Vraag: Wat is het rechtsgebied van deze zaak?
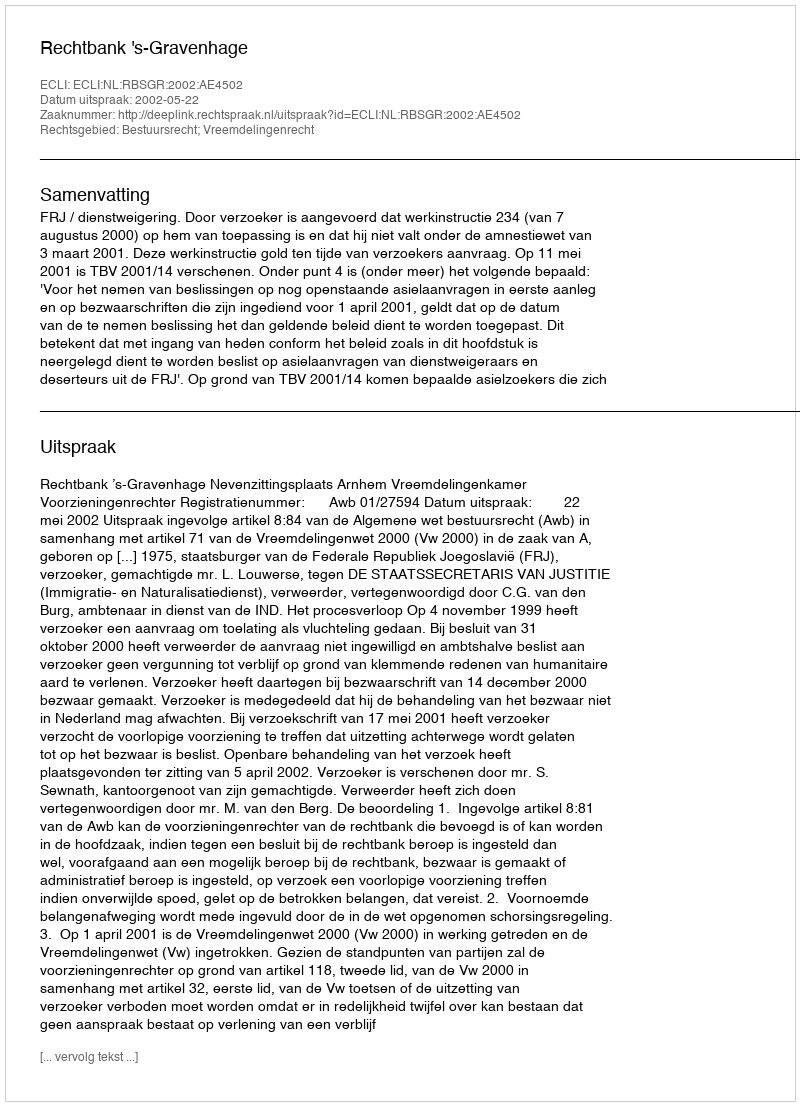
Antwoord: Bestuursrecht; Vreemdelingenrecht